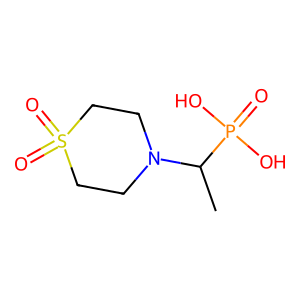
SMILES: CC(N1CCS(=O)(=O)CC1)P(=O)(O)O
Inhibits HIV replication: No